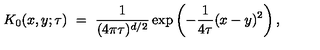
K _ { 0 } ( x , y ; \tau ) \ = \ \frac { 1 } { ( 4 \pi \tau ) ^ { d / 2 } } \exp \left( - \frac { 1 } { 4 \tau } ( x - y ) ^ { 2 } \right) ,